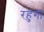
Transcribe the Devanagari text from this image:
रहुंगा